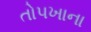
તોપખાના